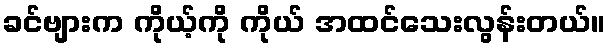
ခင်ဗျားက ကိုယ့်ကို ကိုယ် အထင်သေးလွန်းတယ်။